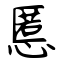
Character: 慝